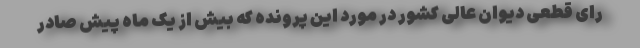
رای قطعی دیوان عالی کشور در مورد این پرونده که بیش از یک ماه پیش صادر